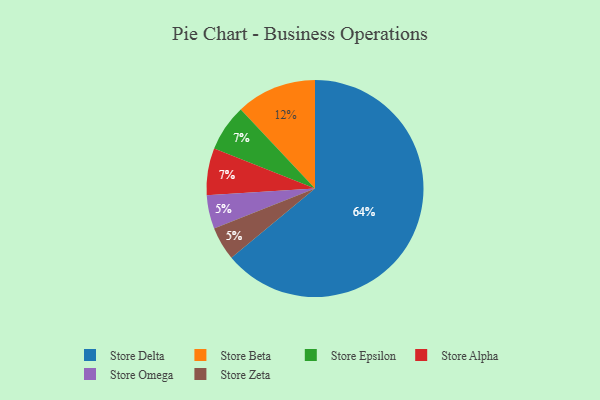
{"axis": {"x": "Category", "y": "Percentage"}, "legend": ["Store Alpha", "Store Beta", "Store Delta", "Store Epsilon", "Store Omega", "Store Zeta"], "data": [{"x": "Store Omega", "y": 5, "type": "Store Omega"}, {"x": "Store Epsilon", "y": 7, "type": "Store Epsilon"}, {"x": "Store Zeta", "y": 5, "type": "Store Zeta"}, {"x": "Store Delta", "y": 64, "type": "Store Delta"}, {"x": "Store Alpha", "y": 7, "type": "Store Alpha"}, {"x": "Store Beta", "y": 12, "type": "Store Beta"}]}